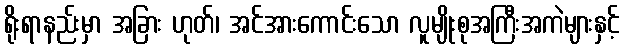
ရိုးရာနည်းမှာ အခြား ဟုတ်၊ အင်အားကောင်းသော လူမျိုးစုအကြီးအကဲများနှင့်